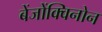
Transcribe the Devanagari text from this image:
बेंजोंक्विनोन